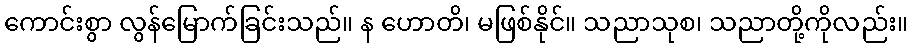
ကောင်းစွာ လွန်မြောက်ခြင်းသည်။ န ဟောတိ၊ မဖြစ်နိုင်။ သညာသုစ၊ သညာတို့ကိုလည်း။